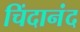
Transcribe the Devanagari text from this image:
चिंदानंद